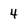
Character: 4